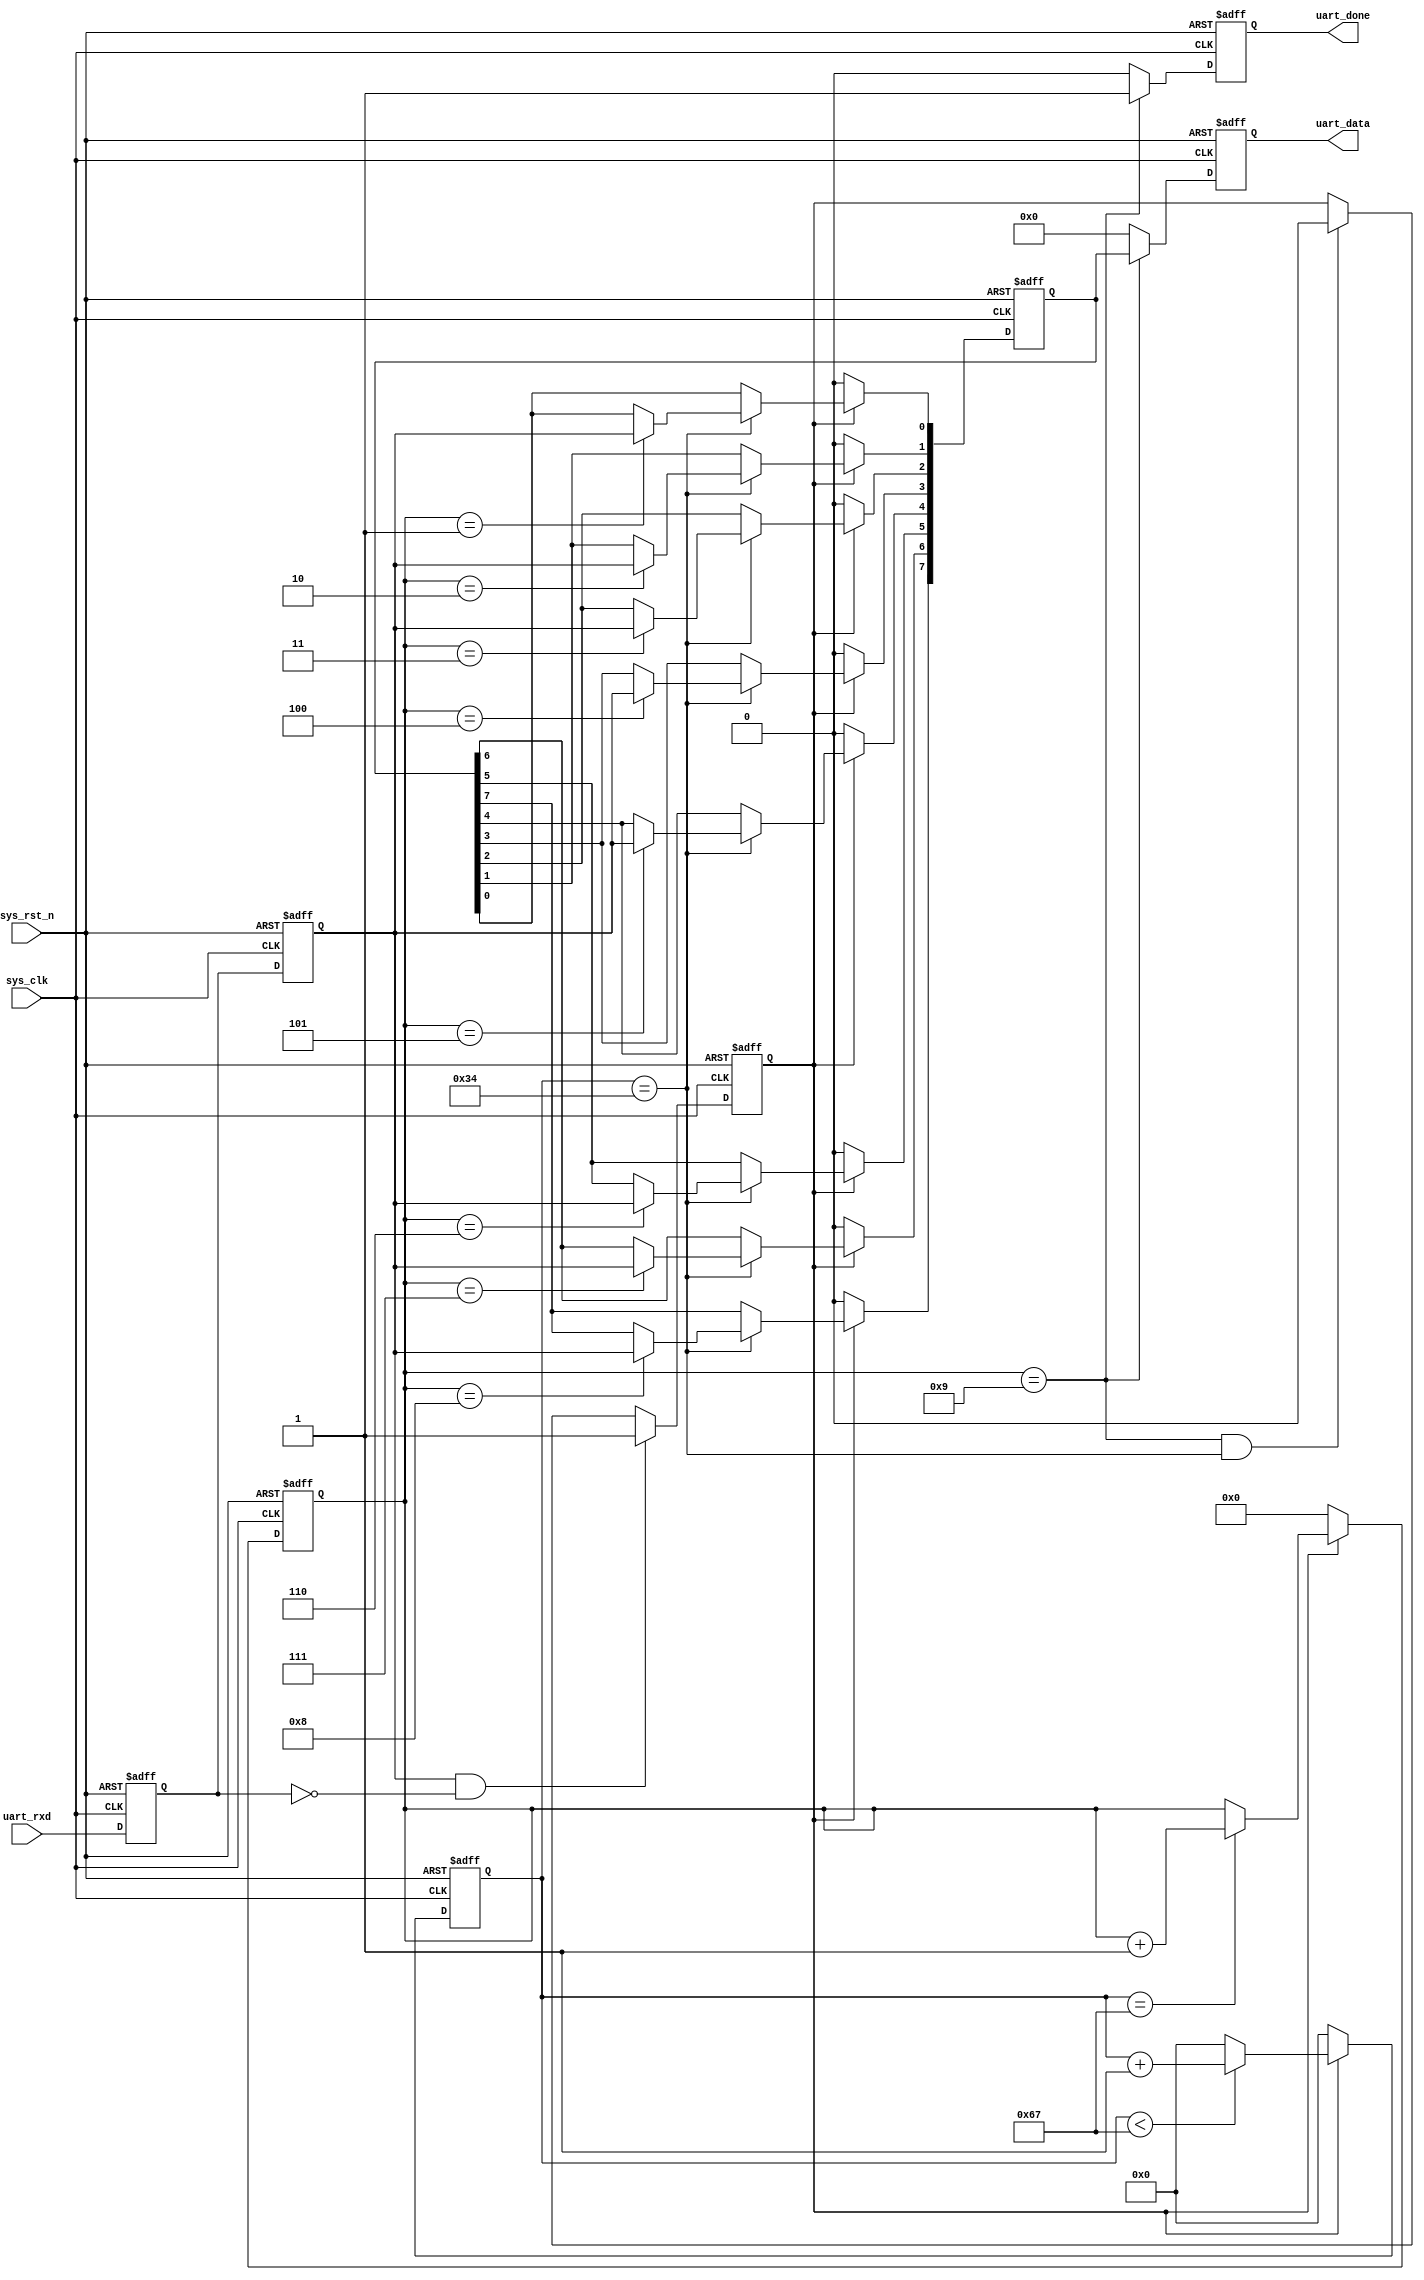
//****************************************Copyright (c)***********************************//
//www.yuanzige.com
//www.openedv.com
//http://openedv.taobao.com 
//""ZYNQ & FPGA & STM32 & LINUX
//
//Copyright(C)  2018-2028
//All rights reserved	                               
//----------------------------------------------------------------------------------------
// File name:           uart_recv
// Last modified Date:  2019/10/9 9:56:36
// Last Version:        V1.1
// Descriptions:        UART
//----------------------------------------------------------------------------------------
// Created by:          
// Created date:        2019/10/9 9:56:36
// Version:             V1.0
// Descriptions:        The original version
//
//----------------------------------------------------------------------------------------
//****************************************************************************************//

module uart_recv(
    input			  sys_clk,                  //
    input             sys_rst_n,                //
    
    input             uart_rxd,                 //UART
    output  reg       uart_done,                //
    output  reg [7:0] uart_data                 //
    );
    
//parameter define
parameter  CLK_FREQ = 12000000;                //
parameter  UART_BPS = 115200;                    //
localparam  BPS_CNT  = CLK_FREQ/UART_BPS;       //
                                                //BPS_CNT
//reg define
reg        uart_rxd_d0;
reg        uart_rxd_d1;
reg [15:0] clk_cnt;                             //
reg [ 3:0] rx_cnt;                              //
reg        rx_flag;                             //
reg [ 7:0] rxdata;                              //

//wire define
wire       start_flag;

//*****************************************************
//**                    main code
//*****************************************************
//()
assign  start_flag = uart_rxd_d1 & (~uart_rxd_d0);    

//UART
always @(posedge sys_clk or negedge sys_rst_n) begin 
    if (!sys_rst_n) begin 
        uart_rxd_d0 <= 1'b0;
        uart_rxd_d1 <= 1'b0;          
    end
    else begin
        uart_rxd_d0  <= uart_rxd;                   
        uart_rxd_d1  <= uart_rxd_d0;
    end   
end

//start_flag           
always @(posedge sys_clk or negedge sys_rst_n) begin         
    if (!sys_rst_n)                                  
        rx_flag <= 1'b0;
    else begin
        if(start_flag)                          //
            rx_flag <= 1'b1;                    //rx_flag
                                                //
        else if((rx_cnt == 4'd9) && (clk_cnt == BPS_CNT/2))
            rx_flag <= 1'b0;                    //rx_flag
        else
            rx_flag <= rx_flag;
    end
end

//
always @(posedge sys_clk or negedge sys_rst_n) begin         
    if (!sys_rst_n)                             
        clk_cnt <= 16'd0;                                  
    else if ( rx_flag ) begin                   //
        if (clk_cnt < BPS_CNT - 1)
            clk_cnt <= clk_cnt + 1'b1;
        else
            clk_cnt <= 16'd0;               	//
    end
    else                              				
        clk_cnt <= 16'd0;						//
end

//
always @(posedge sys_clk or negedge sys_rst_n) begin         
    if (!sys_rst_n)                             
        rx_cnt  <= 4'd0;
    else if ( rx_flag ) begin                   //
        if (clk_cnt == BPS_CNT - 1)				//
            rx_cnt <= rx_cnt + 1'b1;			//1
        else
            rx_cnt <= rx_cnt;       
    end
	 else
        rx_cnt  <= 4'd0;						//
end

//uart
always @(posedge sys_clk or negedge sys_rst_n) begin 
    if ( !sys_rst_n)  
        rxdata <= 8'd0;                                     
    else if(rx_flag)                            //
        if (clk_cnt == BPS_CNT/2) begin         //
            case ( rx_cnt )
             4'd1 : rxdata[0] <= uart_rxd_d1;   //
             4'd2 : rxdata[1] <= uart_rxd_d1;
             4'd3 : rxdata[2] <= uart_rxd_d1;
             4'd4 : rxdata[3] <= uart_rxd_d1;
             4'd5 : rxdata[4] <= uart_rxd_d1;
             4'd6 : rxdata[5] <= uart_rxd_d1;
             4'd7 : rxdata[6] <= uart_rxd_d1;
             4'd8 : rxdata[7] <= uart_rxd_d1;   //
             default:;                                    
            endcase
        end
        else 
            rxdata <= rxdata;
    else
        rxdata <= 8'd0;
end

//
always @(posedge sys_clk or negedge sys_rst_n) begin        
    if (!sys_rst_n) begin
        uart_data <= 8'd0;                               
        uart_done <= 1'b0;
    end
    else if(rx_cnt == 4'd9) begin               //           
        uart_data <= rxdata;                    //
        uart_done <= 1'b1;                      //
    end
    else begin
        uart_data <= 8'd0;                                   
        uart_done <= 1'b0; 
    end    
end

endmodule